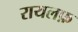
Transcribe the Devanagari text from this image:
रायलफ़